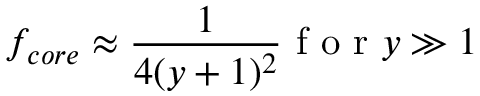
f _ { c o r e } \approx \frac { 1 } { 4 ( y + 1 ) ^ { 2 } } \mathrm { ~ f ~ o ~ r ~ } y \gg 1